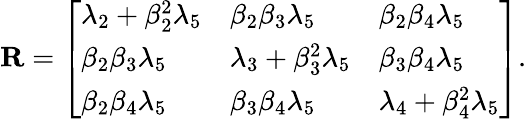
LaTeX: \mathbf{R}=\left[\begin{array}{lll}{\lambda_{2}+\beta_{2}^{2}\lambda_{5}}&{\beta_{2}\beta_{3}\lambda_{5}}&{\beta_{2}\beta_{4}\lambda_{5}}\\ {\beta_{2}\beta_{3}\lambda_{5}}&{\lambda_{3}+\beta_{3}^{2}\lambda_{5}}&{\beta_{3}\beta_{4}\lambda_{5}}\\ {\beta_{2}\beta_{4}\lambda_{5}}&{\beta_{3}\beta_{4}\lambda_{5}}&{\lambda_{4}+\beta_{4}^{2}\lambda_{5}}\end{array}\right].